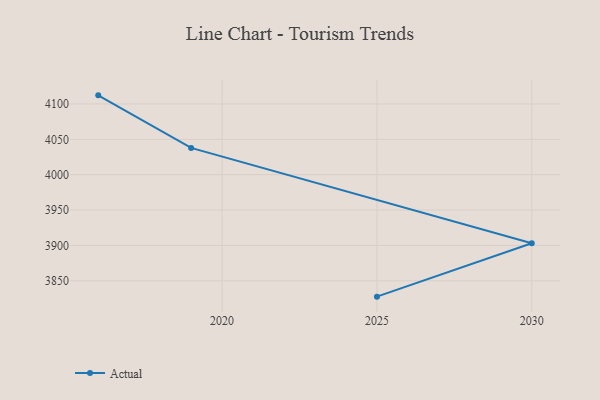
{"axis": {"x": "Year", "y": "Shipments"}, "legend": ["Actual"], "data": [{"x": "2025", "y": 3827.6, "type": "Actual"}, {"x": "2030", "y": 3903.2, "type": "Actual"}, {"x": "2019", "y": 4037.9, "type": "Actual"}, {"x": "2016", "y": 4112.2, "type": "Actual"}]}